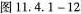
图11.4.1-12